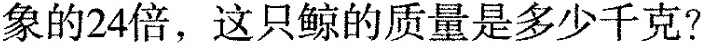
象的24倍，这只鲸的质量是多少千克?